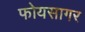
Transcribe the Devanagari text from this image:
फोयसागर